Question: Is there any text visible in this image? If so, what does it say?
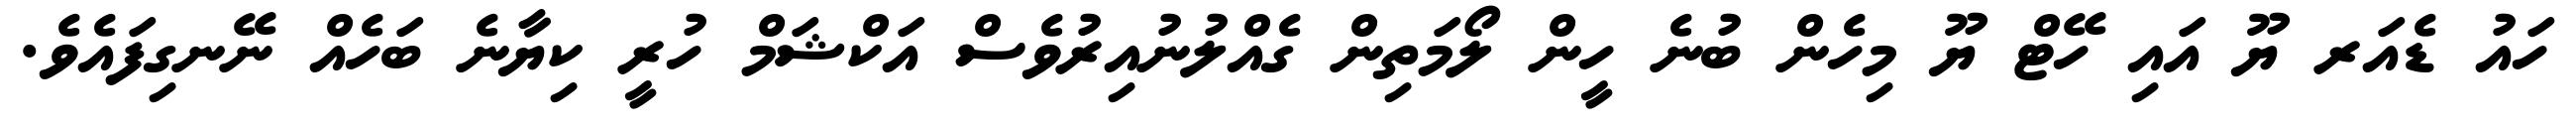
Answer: ހައު ޑެއަރ ޔޫ އައި ހޭޓް ޔޫ މިހެން ބުނެ ހީން ލޯމަތިން ގެއްލުނުއިރުވެސް އަކްޝަމް ހުރީ ކިޔާނެ ބަހެއް ނޭނގިފައެވެ.